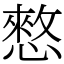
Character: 憗